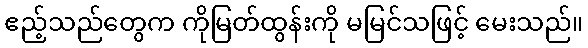
ဧည့်သည်တွေက ကိုမြတ်ထွန်းကို မမြင်သဖြင့် မေးသည်။